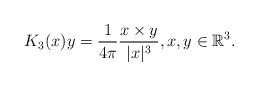
LaTeX: \begin{align*} K_3(x)y = \frac{1}{4\pi} \frac{x \times y}{|x|^3}, x, y \in \mathbb{R}^3. \end{align*}